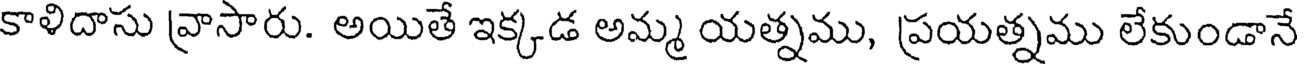
కాళిదాసు వ్రాసారు. అయితే ఇక్కడ అమ్మ యత్నము, ప్రయత్నము లేకుండానే